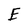
Character: E